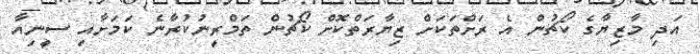
އަދި މާޒިޔާގެ ކޯޗުން އެ ރަށްތަކަށް ޒިޔާރަތްކޮށް ކޯޗުން ތަމްރީނުކުރާނެ ކަމަށާއި ސީނިއާ